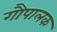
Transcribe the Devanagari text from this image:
गौपालक